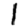
Digit: 1